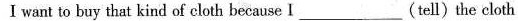
I want to buy that kind of cloth because I___(tell) the cloth